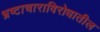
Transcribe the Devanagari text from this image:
भ्रष्टाचाराविरोधातील